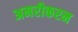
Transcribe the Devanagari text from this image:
अमरीकरन